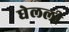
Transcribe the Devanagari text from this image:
घेलली